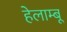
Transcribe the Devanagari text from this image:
हेलाम्बू